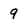
Character: 9